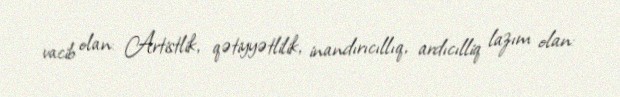
vacib olan: Artistlik, qətiyyətlilik, inandırıcıllıq, ardıcılliq lazım olan: